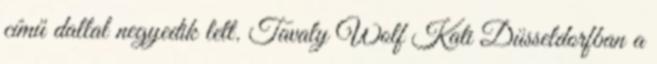
című dallal negyedik lett. Tavaly Wolf Kati Düsseldorfban a